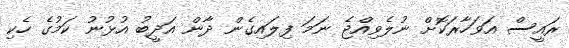
ރައީސް އަވަހާރަކޮށް ނުލެވިއްޖެ ނަމަ ފިލައިގެން ދާން އަދީބު އުޅުނު ކަމުގެ ހެކި